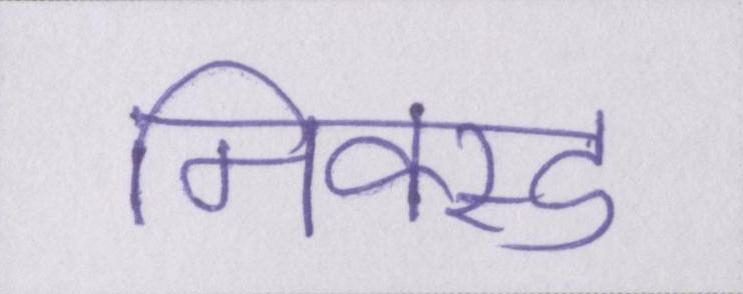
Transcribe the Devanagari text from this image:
मिक्स्ड